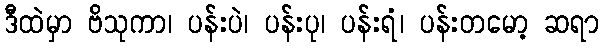
ဒီထဲမှာ ဗိသုကာ၊ ပန်းပဲ၊ ပန်းပု၊ ပန်းရံ၊ ပန်းတမော့ ဆရာ